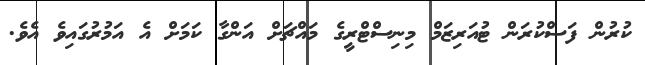
ކުރުން ފަސްކުރަން ޓުއަރިޒަމް މިނިސްޓްރީގެ މައްޗަށް އަންގާ ކަމަށް އެ އަމުރުގައިވެ އެވެ.